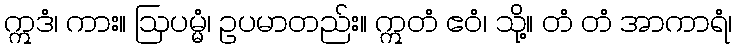
ဣဒံ၊ ကား။ ဩပမ္မံ၊ ဥပမာတည်း။ ဣတံ ဧဝံ၊ သို့။ တံ တံ အာကာရံ၊